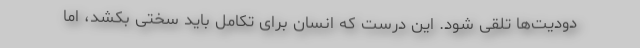
دودیت‌ها تلقی شود. این درست که انسان برای تکامل باید سختی بکشد، اما